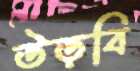
উড়বি